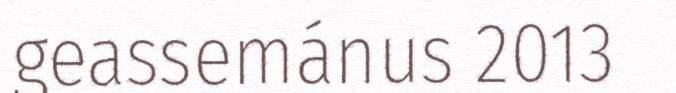
geassemánus 2013